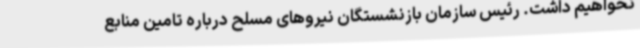
نخواهیم داشت. رئیس سازمان بازنشستگان نیروهای مسلح درباره تامین منابع